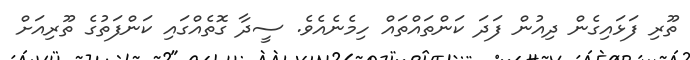
ތޫރި ފަޅައިގެން ދިއުން ފަދަ ކަންތައްތައް ހިމެނެއެވެ. ސީދާ ގޮތެއްގައި ކަންފަތުގެ ތޫރިއަށް